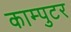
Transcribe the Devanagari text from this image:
काम्पुटर